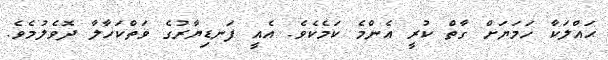
ޙައްލަކާ ހަމަޔަށް ގާތް ކުރީ އެންމެ ކަމެކެވެ. އެއީ ފަނޑިޔާރުގެ ވަތްކަހާލާ ދޮވެލުމެވެ.